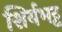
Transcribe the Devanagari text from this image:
शिर्यभट्ट